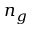
n _ { g }